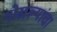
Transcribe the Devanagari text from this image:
गोखल्यांचा